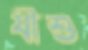
যীশু